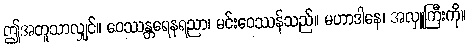
ဤအတူသာလျှင်။ ဝေဿန္တရေနရညာ၊ မင်းဝေဿန်သည်။ မဟာဒါနေ၊ အလှူကြီးကို။